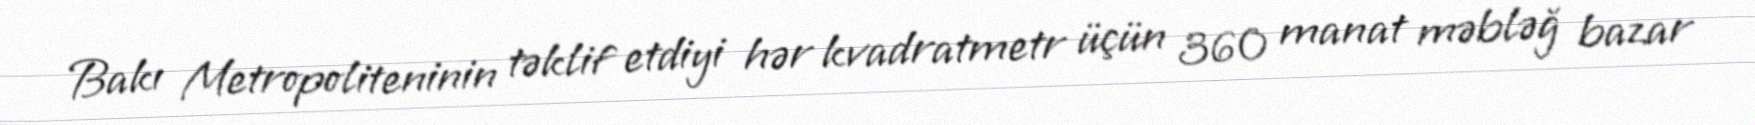
Bakı Metropoliteninin təklif etdiyi hər kvadratmetr üçün 360 manat məbləğ bazar